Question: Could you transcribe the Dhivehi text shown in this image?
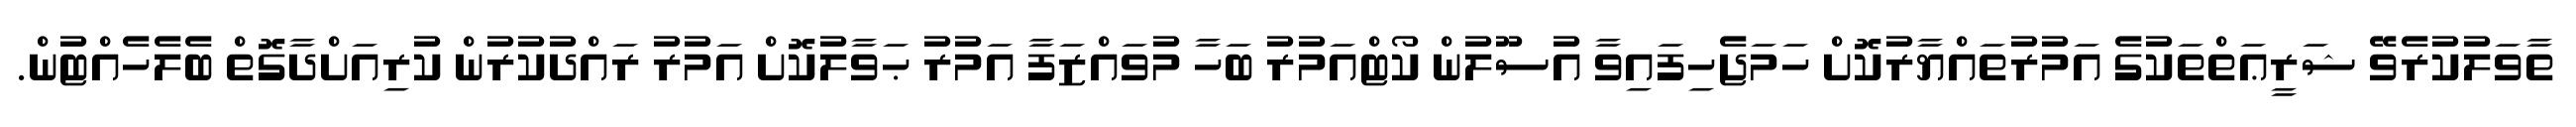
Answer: ތާވަލުކުރެވޭ ޝަރީޢަތްތަކުގެ އަމުރުތައްޔާރުކޮށް ހަމަޖެހިފައިވާ އުސޫލުން ކޯޓްއަމުރު ބަހާ މުވައްޒަފާ އަމުރު ޙަވާލުކޮށް އަމުރު ރައްދުކުރުން ކުރިއަށްދާގޮތް ބެލެހެއްޓުން.